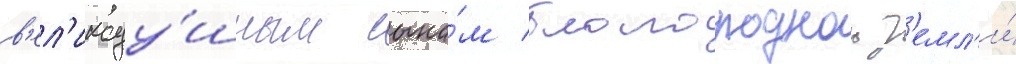
в'ел'икоду́шным сына́м благороднои з'емл'и́